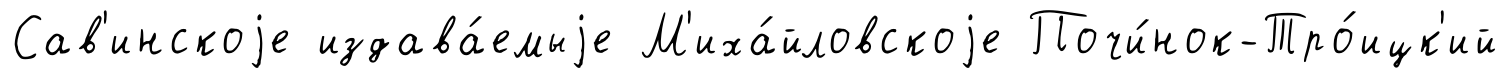
Сав'инскоjе издава́емыjе М'иха́йловскоjе Почи́нок-Тро́ицк'ий